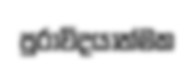
පුරාවිදයාත්මක